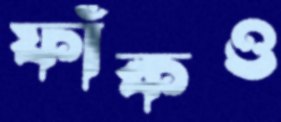
ফাঁকও